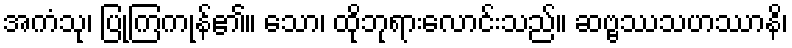
အကံသု၊ ပြုကြကုန်၏။ သော၊ ထိုဘုရားလောင်းသည်။ ဆဗ္ဗဿသဟဿာနိ၊